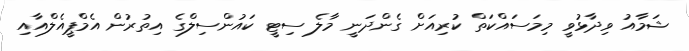
ޝަމާއު ވިދާޅުވީ މިމަސައްކަތް ކުރިއަށް ގެންދަނީ މާލެ ސިޓީ ކައުންސިލްގެ އިތުރުން އެމްޕީއެލްއާއި